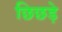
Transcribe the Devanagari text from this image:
छिछड़े